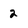
Character: 2